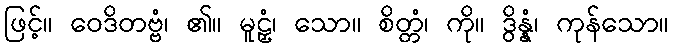
ဖြင့်။ ဝေဒိတဗ္ဗံ၊ ၏။ မူဠှံ၊ သော။ စိတ္တံ၊ ကို။ ဒွိန္နံ၊ ကုန်သော။